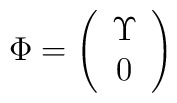
\Phi=\left(\begin{array}{c}\Upsilon\\0\end{array}\right)